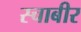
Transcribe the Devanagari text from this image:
स्चाबीर